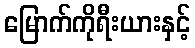
မြောက်ကိုရီးယားနှင့်